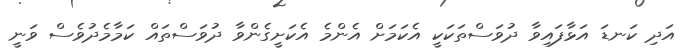
އަދި ކަނޑަ އަޅާފައިވާ ދުވަސްތަކަކީ އެކަމަށް އެންމެ އެކަށީގެންވާ ދުވަސްތައް ކަމާމެދުވެސް ވަނީ